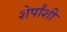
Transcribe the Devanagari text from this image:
शेर्पांशी